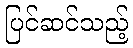
ပြင်ဆင်သည့်